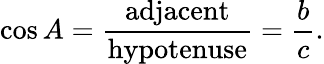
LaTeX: \cos A={\frac{\textrm{adjacent}}{\textrm{hypotenuse}}}={\frac{b}{c}}.